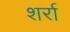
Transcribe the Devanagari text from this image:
शर्रा